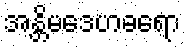
အန္တိမဒေဟဓရော